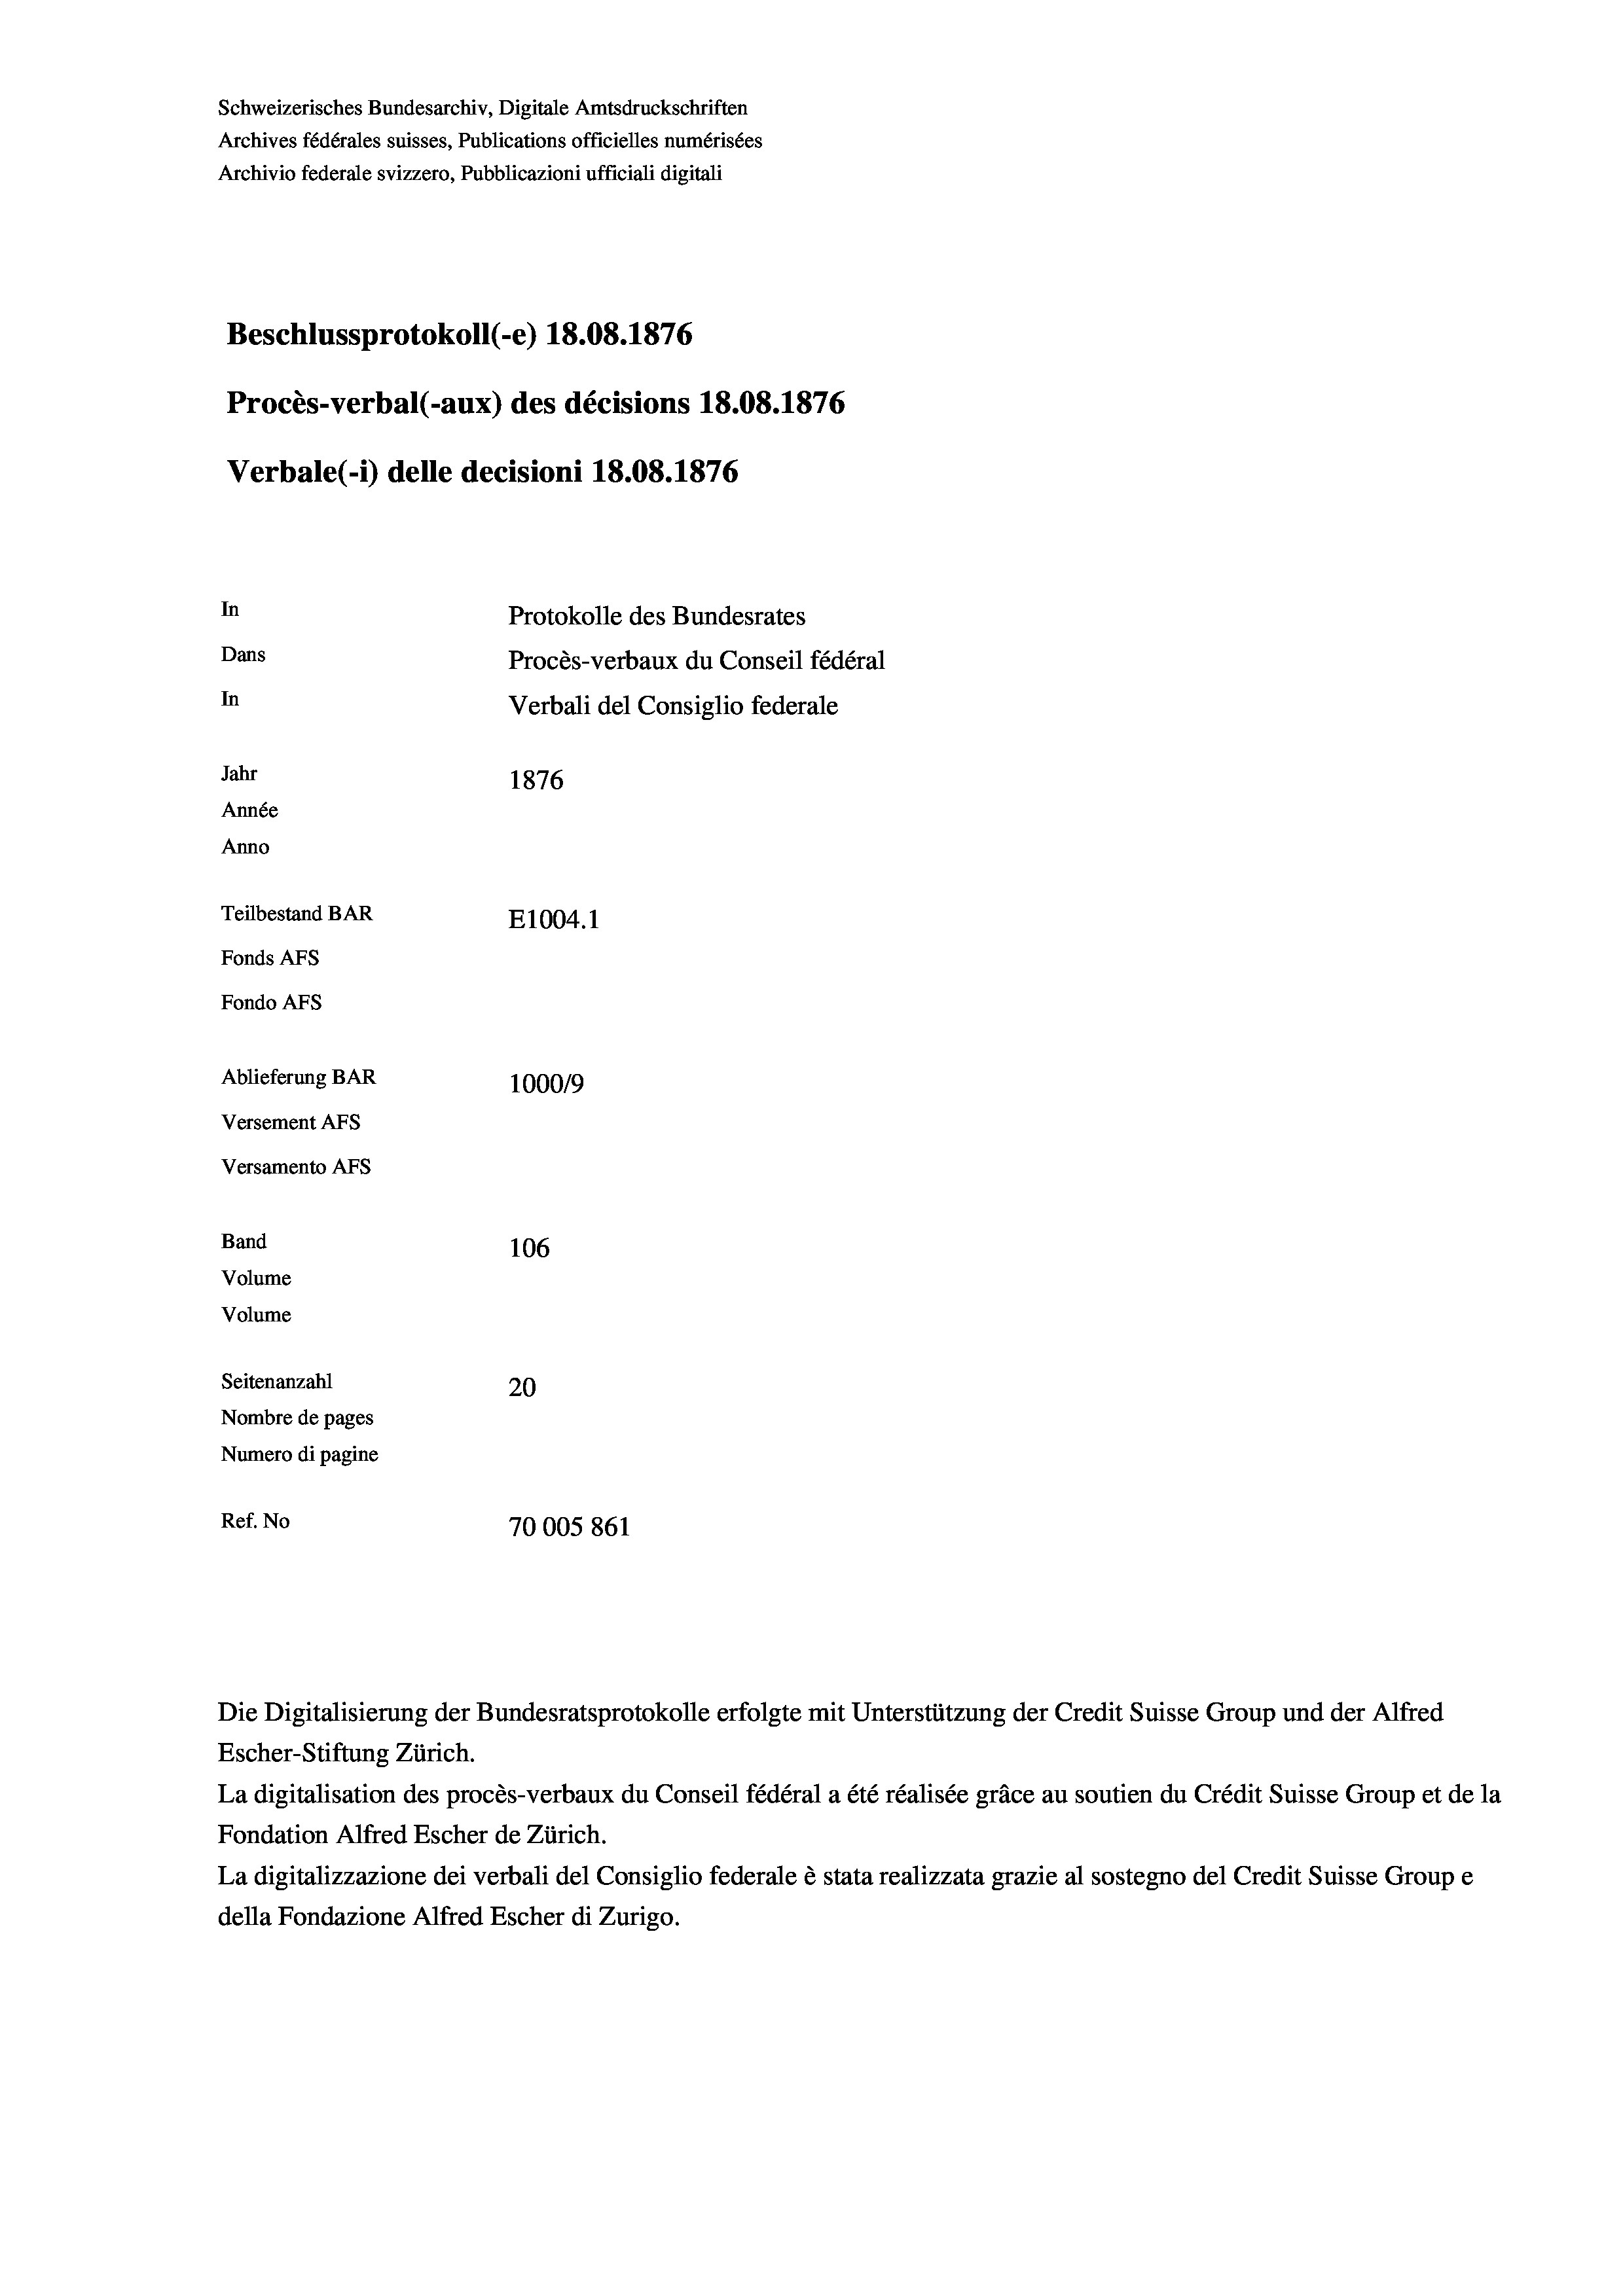
Schweizerisches Bundesarchiv, Digitale Amtsdruckschriften
Archives fédérales suisses, Publications officielles numérisées
Archivio federale svizzero, Pubblicazioni ufficiali digitali
Beschlussprotokoll (-e) 18.08. 1876
Procès-verbal (-aux) des décisions 18.08. 1876
Verbale (- 1) delle decisioni 18.08. 1876
In
Protokolle des Bundesrates
Dans
Procès-verbaux du Conseil fédéral
In
Verbali del Consiglio federale
Jahr
1876
Année
Anno
Teilbestand BAR
E1004. 1
Fonds AFs
Fondo AFs
Ablieferung BAR
1000/9
Versement Abs
Versamento AFs
Band
106
Volume
Volume

Seitenanzahl
20
Nombre de pages
Numero di pagine
Ref. No
70005861

Escher-Stiftung Zürich.
La digitalisation des procès-verbaux du Conseil fédéral a été réalisée gräce au soutien du Crédit Suisse Group et de la
Fondation Alfred Escher de Zürich.
La digitalizzazione dei verbali del Consiglio federale è stata realizzata grazie al sostegno del Credit Suisse Groupe
della Fondazione Alfred Escher di Zurigo.

Die Digitalisierung der Bundesratsprotokolle erfolgte mit Unterstützung der Credit Suisse Group und der Alfred